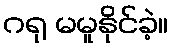
ဂရု မမူနိုင်ခဲ့။